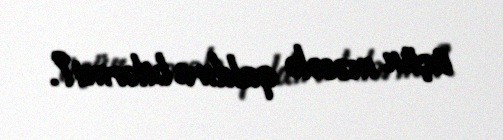
üçün məsələ qaldıra bilərmi?.